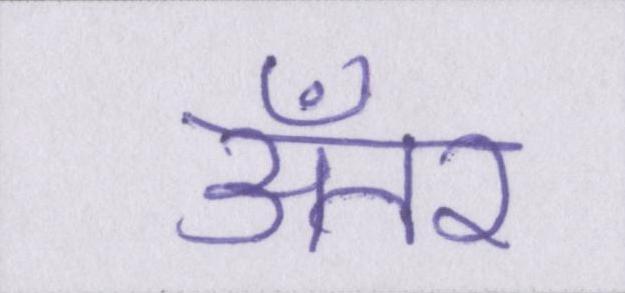
अँतर